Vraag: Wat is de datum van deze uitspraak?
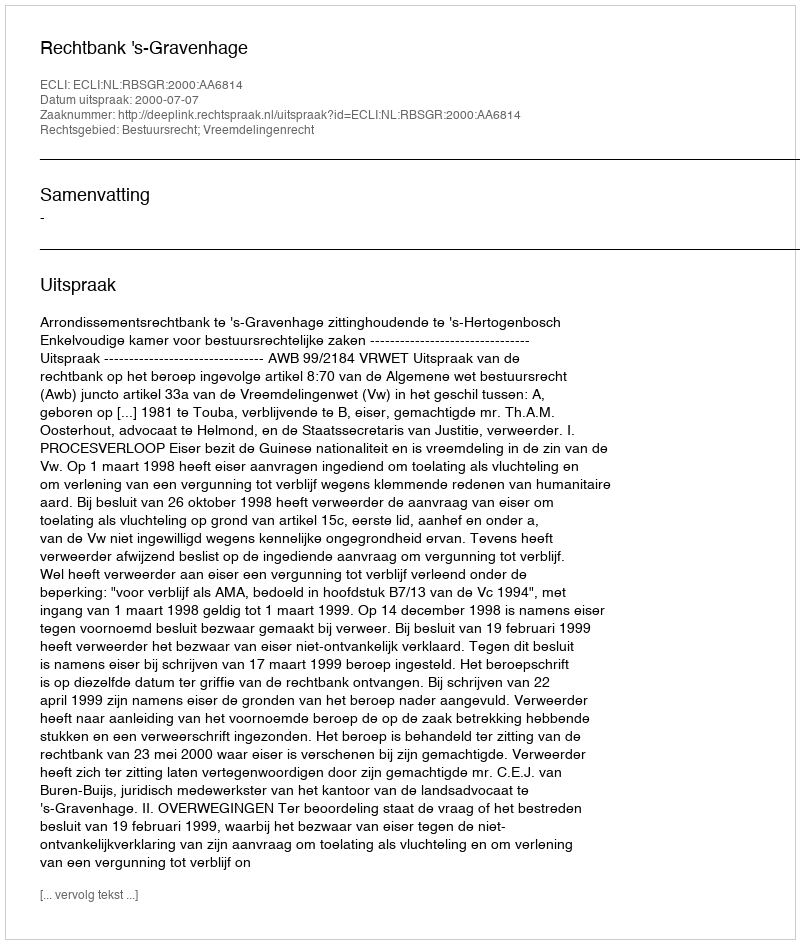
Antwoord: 2000-07-07